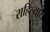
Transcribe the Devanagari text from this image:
राहिल्‍यास